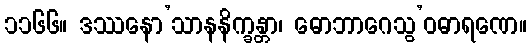
၁၁၆၆။ ဒဿနော’သာနနိက္ခန္တာ၊ ဓောဘာဂေသွ’ဝဓာရဏေ။